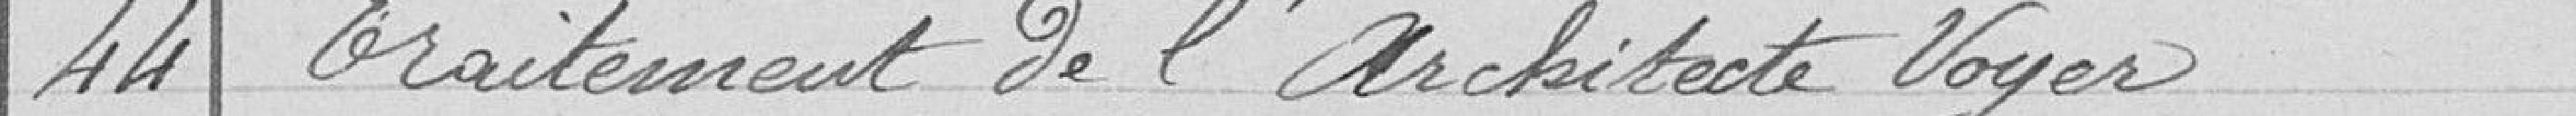
44 Traitement de l'Architecte Voyer